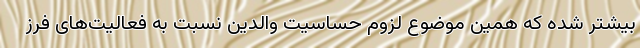
بیشتر شده که همین موضوع لزوم حساسیت والدین نسبت به فعالیت‌های فرز